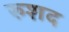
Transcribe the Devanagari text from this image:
रुशद